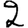
Digit: 2